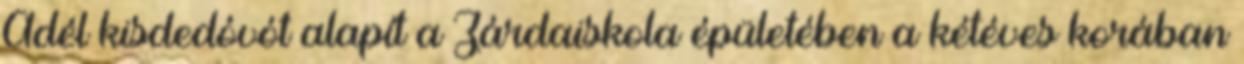
Adél kisdedóvót alapít a Zárdaiskola épületében a kétéves korában